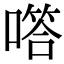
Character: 㗳